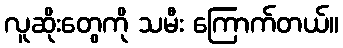
လူဆိုးတွေကို သမီး ကြောက်တယ်။